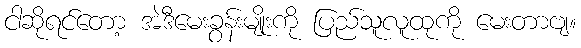
ငါဆိုရင်တော့ အဲဒီမေးခွန်းမျိုးကို ပြည်သူလူထုကို မေးတာဗျ။